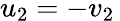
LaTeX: u_{2}=-v_{2}\,